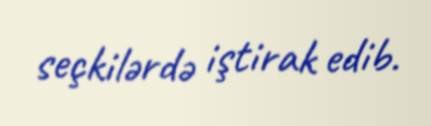
seçkilərdə iştirak edib.